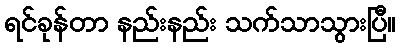
ရင်ခုန်တာ နည်းနည်း သက်သာသွားပြီ။